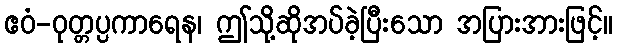
ဧဝံ-ဝုတ္တပ္ပကာရေန၊ ဤသို့ဆိုအပ်ခဲ့ပြီးသော အပြားအားဖြင့်။